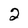
Character: 2